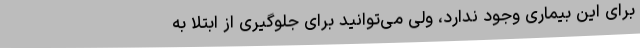
برای این بیماری وجود ندارد، ولی می‌توانید برای جلوگیری از ابتلا به